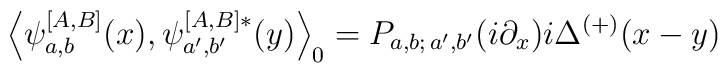
\left\langle \psi _{a,b}^{\left[ A,B\right] }(x),\psi _{a^{\prime},b^{\prime }}^{\left[ A,B\right] *}(y)\right\rangle _{0}=P_{a,b;\,a^{\prime},b^{\prime }}(i\partial _{x})i\Delta ^{(+)}(x-y)\,